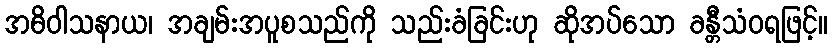
အဓိဝါသနာယ၊ အချမ်းအပူစသည်ကို သည်းခံခြင်းဟု ဆိုအပ်သော ခန္တီသံဝရဖြင့်။